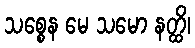
သစ္စေန မေ သမော နတ္ထိ၊